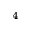
^ { 4 }